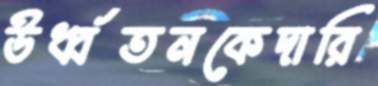
উর্ধ্বতনকেদারি